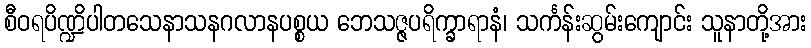
စီဝရပိဏ္ဍိပါတသေနာသနဂလာနပစ္စယ ဘေသဇ္ဇပရိက္ခာရာနံ၊ သင်္ကန်းဆွမ်းကျောင်း သူနာတို့အား